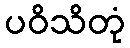
ပဝိသိတုံ